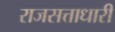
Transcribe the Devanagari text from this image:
राजसत्ताधारी